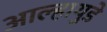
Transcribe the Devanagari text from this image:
आल्हायुडे